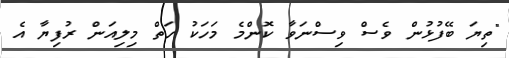
"ތިޔަ ބޭފުޅުން ވެސް ވިސްނަވާ ކޮންމެ މަހަކު ހަތް މިލިއަން ރުފިޔާ އެ